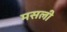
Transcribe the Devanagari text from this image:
मसली